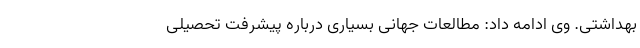
بهداشتی. وی ادامه داد: مطالعات جهانی بسیاری درباره پیشرفت تحصیلی